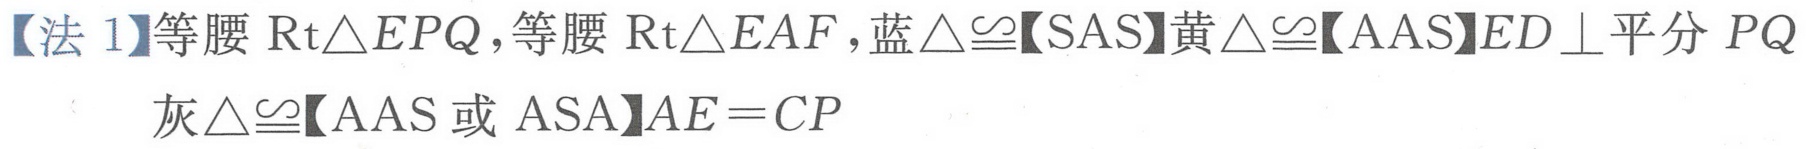
【法 1】等腰 \(\text{Rt}\triangle EPQ\)，等腰 \(\text{Rt}\triangle EAF\)，蓝\(\triangle\cong\)【SAS】黄\(\triangle\cong\)【AAS】\(ED\perp\)平分 \(PQ\)
灰\(\triangle\cong\)【AAS 或 ASA】\(AE = CP\)